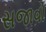
સજાવો